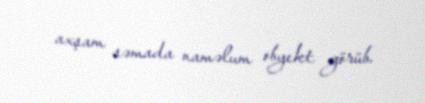
axşam səmada naməlum obyekt görüb.